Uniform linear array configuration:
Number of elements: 16
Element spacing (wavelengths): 0.5
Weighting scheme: uniform
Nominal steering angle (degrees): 45
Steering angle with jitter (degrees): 45.072
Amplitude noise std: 0.05
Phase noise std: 0.05

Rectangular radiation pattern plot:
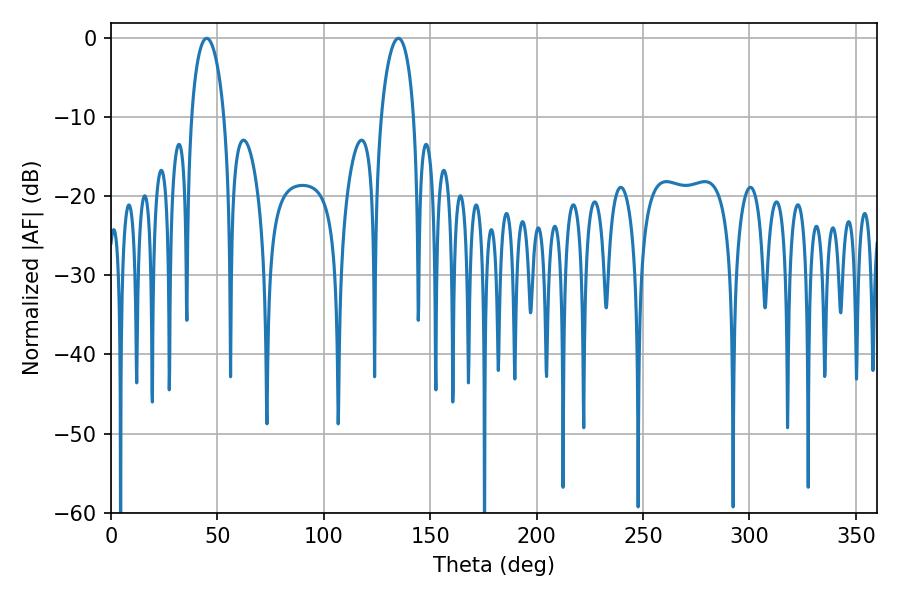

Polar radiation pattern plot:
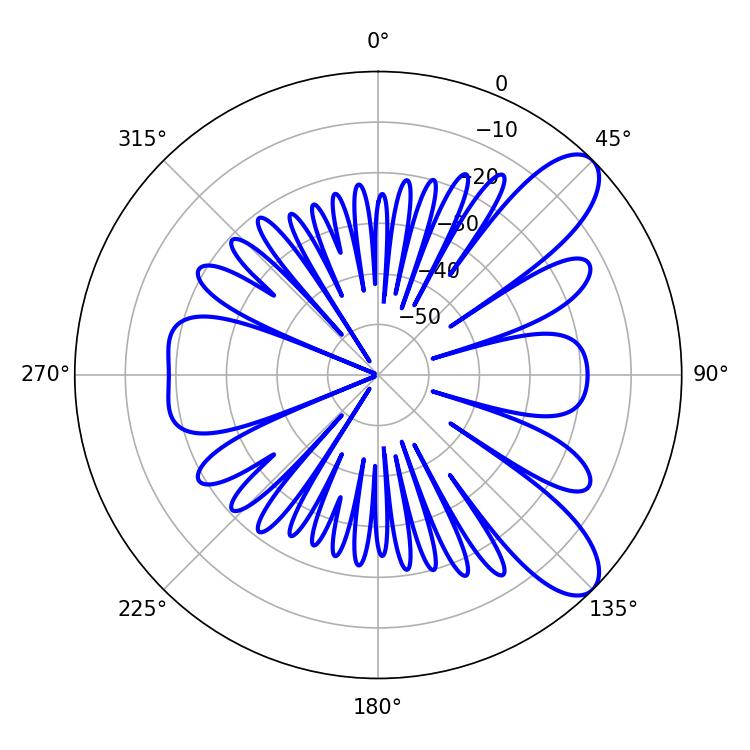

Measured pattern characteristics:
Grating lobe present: FALSE
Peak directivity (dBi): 9.283
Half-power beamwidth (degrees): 8.82
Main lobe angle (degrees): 45